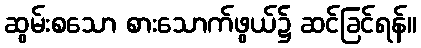
ဆွမ်းစသော စားသောက်ဖွယ်၌ ဆင်ခြင်ရန်။